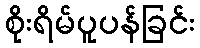
စိုးရိမ်ပူပန်ခြင်း